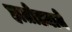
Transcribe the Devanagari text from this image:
हातोड्याने